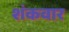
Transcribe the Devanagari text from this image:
शंकवार